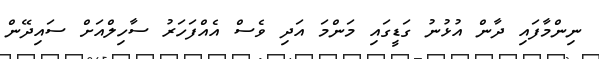
ނިންމާފައި ދާން އުޅުނު ގަޑީގައި މަންމަ އަދި ވެސް އެއްފަހަރު ސާހިލްއަށް ސައިދޭން